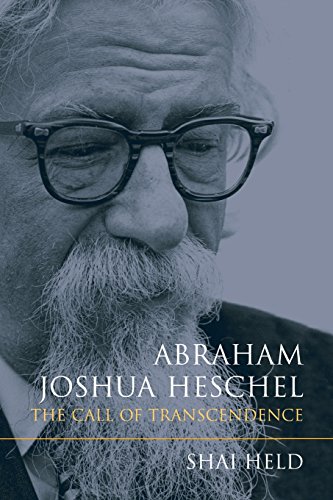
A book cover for Abraham Joshua Heschel: The Call of Transcendence; Shai Held; Religion & Spirituality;